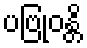
ပဗြုဝန္တိ